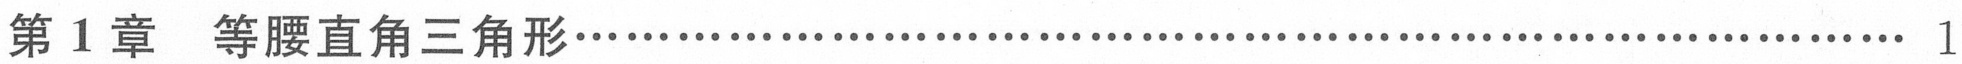
第1章  等腰直角三角形\(\cdots\cdots\cdots\cdots\cdots\cdots\cdots\cdots\cdots\cdots\cdots\cdots\cdots\cdots\cdots\cdots\cdots\cdots\cdots\cdots\cdots\cdots\cdots\cdots\cdots\cdots\cdots\cdots\cdots\cdots\cdots\cdots\cdots\cdots\cdots\) 1